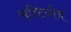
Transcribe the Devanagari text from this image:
सब्टिनोन